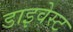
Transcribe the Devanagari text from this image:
डाइवेस्ट